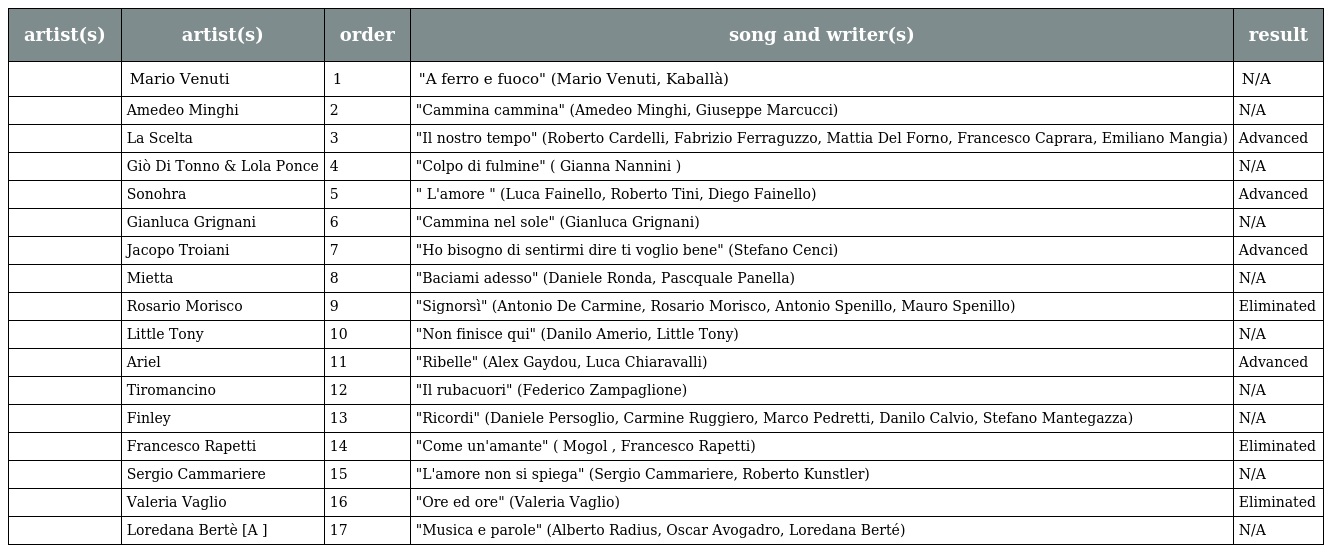
| artist(s) | artist(s) | order | song and writer(s) | result |
 | --- | --- | --- | --- | --- |
 |  | Mario Venuti | 1 | "A ferro e fuoco" (Mario Venuti, Kaballà) | N/A |
 |  | Amedeo Minghi | 2 | "Cammina cammina" (Amedeo Minghi, Giuseppe Marcucci) | N/A |
 |  | La Scelta | 3 | "Il nostro tempo" (Roberto Cardelli, Fabrizio Ferraguzzo, Mattia Del Forno, Francesco Caprara, Emiliano Mangia) | Advanced |
 |  | Giò Di Tonno & Lola Ponce | 4 | "Colpo di fulmine" ( Gianna Nannini ) | N/A |
 |  | Sonohra | 5 | " L'amore " (Luca Fainello, Roberto Tini, Diego Fainello) | Advanced |
 |  | Gianluca Grignani | 6 | "Cammina nel sole" (Gianluca Grignani) | N/A |
 |  | Jacopo Troiani | 7 | "Ho bisogno di sentirmi dire ti voglio bene" (Stefano Cenci) | Advanced |
 |  | Mietta | 8 | "Baciami adesso" (Daniele Ronda, Pascquale Panella) | N/A |
 |  | Rosario Morisco | 9 | "Signorsì" (Antonio De Carmine, Rosario Morisco, Antonio Spenillo, Mauro Spenillo) | Eliminated |
 |  | Little Tony | 10 | "Non finisce qui" (Danilo Amerio, Little Tony) | N/A |
 |  | Ariel | 11 | "Ribelle" (Alex Gaydou, Luca Chiaravalli) | Advanced |
 |  | Tiromancino | 12 | "Il rubacuori" (Federico Zampaglione) | N/A |
 |  | Finley | 13 | "Ricordi" (Daniele Persoglio, Carmine Ruggiero, Marco Pedretti, Danilo Calvio, Stefano Mantegazza) | N/A |
 |  | Francesco Rapetti | 14 | "Come un'amante" ( Mogol , Francesco Rapetti) | Eliminated |
 |  | Sergio Cammariere | 15 | "L'amore non si spiega" (Sergio Cammariere, Roberto Kunstler) | N/A |
 |  | Valeria Vaglio | 16 | "Ore ed ore" (Valeria Vaglio) | Eliminated |
 |  | Loredana Bertè [A ] | 17 | "Musica e parole" (Alberto Radius, Oscar Avogadro, Loredana Berté) | N/A |